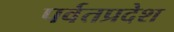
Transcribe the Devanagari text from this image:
पर्वतप्रदेश